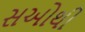
સઓથી